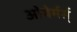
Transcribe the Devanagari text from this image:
ओवेर्मर्स्